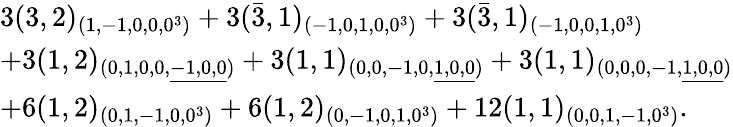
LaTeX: \begin{array}{l}{{3(3,2)_{(1,-1,0,0,0^{3})}+3(\bar{3},1)_{(-1,0,1,0,0^{3})}+3(\bar{3},1)_{(-1,0,0,1,0^{3})}}}\\ {{+3(1,2)_{(0,1,0,0,\underline{{{-1,0,0}}})}+3(1,1)_{(0,0,-1,0,\underline{{{1,0,0}}})}+3(1,1)_{(0,0,0,-1,\underline{{{1,0,0}}})}}}\\ {{+6(1,2)_{(0,1,-1,0,0^{3})}+6(1,2)_{(0,-1,0,1,0^{3})}+12(1,1)_{(0,0,1,-1,0^{3})}.}}\end{array}